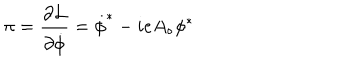
LaTeX: \pi = \frac { \partial { \cal L } } { \partial \dot { \phi } } = \dot { \phi } ^ { * } - i e A _ { \circ } \phi ^ { * }